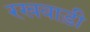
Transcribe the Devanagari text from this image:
रखवाड़ी